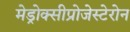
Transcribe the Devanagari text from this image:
मेड्रोक्सीप्रोजेस्टेरोन